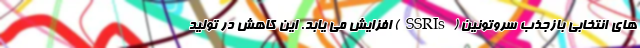
های انتخابی بازجذب سروتونین (SSRIs) افزایش می یابد. این کاهش در تولید